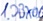
Text: 1.DBX0.0